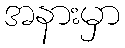
အနားမှာ